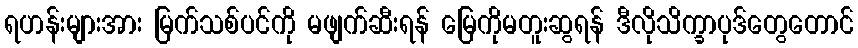
ရဟန်းများအား မြက်သစ်ပင်ကို မဖျက်ဆီးရန် မြေကိုမတူးဆွရန် ဒီလိုသိက္ခာပုဒ်တွေတောင်